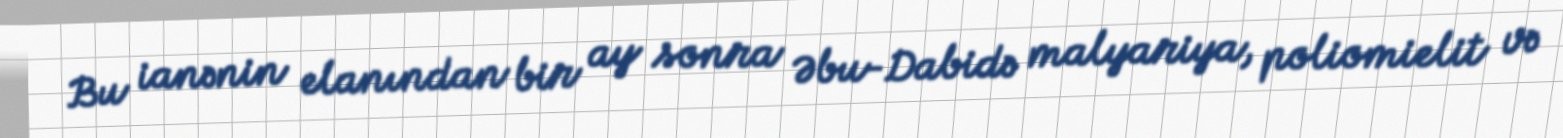
Bu ianənin elanından bir ay sonra Əbu-Dabidə malyariya, poliomielit və